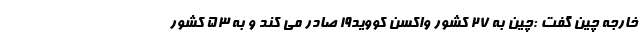
خارجه چین گفت :چین به 27 کشور واکسن کووید19 صادر می کند و به 53 کشور